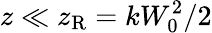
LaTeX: z\ll z_{\mathrm{R}}=kW_{0}^{2}/2